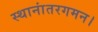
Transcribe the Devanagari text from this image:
स्थानांतरगमन।